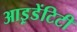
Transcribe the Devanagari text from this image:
आइ़डेंटिटी